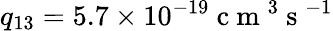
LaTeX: q_{13}=5.7\times 10^{-19}\mathrm{~c~m~}^{3}\mathrm{~s~}^{-1}